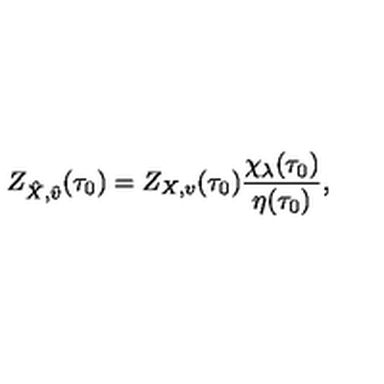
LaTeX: Z _ { \hat { X } , \hat { v } } ( \tau _ { 0 } ) = Z _ { X , v } ( \tau _ { 0 } ) \frac { \chi _ { \lambda } ( \tau _ { 0 } ) } { \eta ( \tau _ { 0 } ) } ,